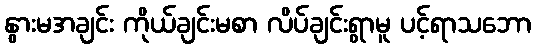
နွားမအချင်း ကိုယ်ချင်းမစာ လိပ်ချင်းရွာမူ ပင့်ရာသဘော